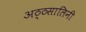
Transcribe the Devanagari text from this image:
अठ्ठसालिनी